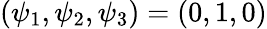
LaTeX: (\psi_{1},\psi_{2},\psi_{3})=(0,1,0)